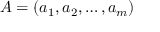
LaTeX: A = ( a _ { 1 } , a _ { 2 } , \dots , a _ { m } )